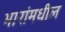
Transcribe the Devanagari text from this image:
भारांमधील